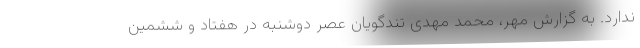
ندارد. به گزارش مهر، محمد مهدی تندگویان عصر دوشنبه در هفتاد و ششمین